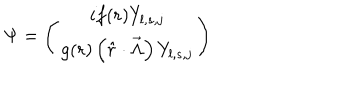
\Psi = \left( \begin{matrix} { { i f ( r ) Y _ { l , s , j } } } \\ { { g ( r ) \left( \hat { r } \cdot \vec { \Lambda } \right) Y _ { l , s , j } } } \\ \end{matrix} \right)